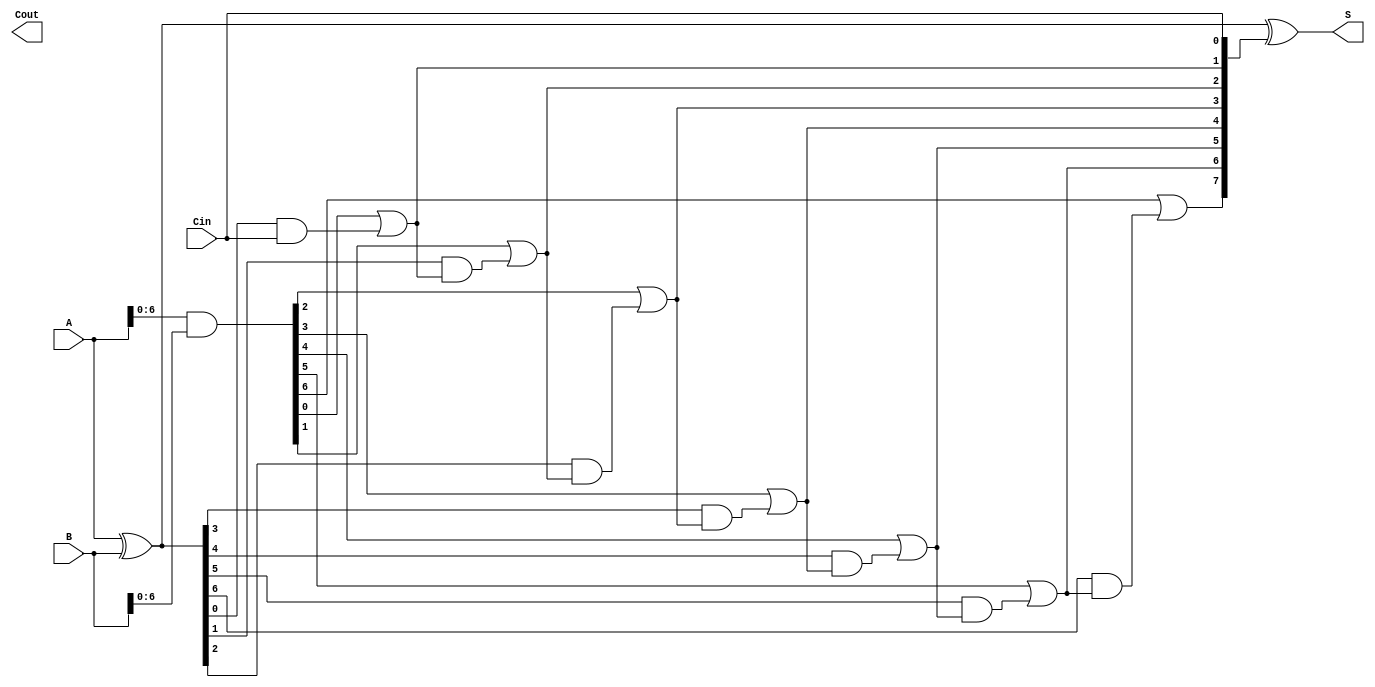
module ParallelPrefixAdder #(
    parameter N = 8 // Parameter for bit width
)(
    input  [N-1:0] A,    // First operand
    input  [N-1:0] B,    // Second operand
    input          Cin,   // Carry-in
    output [N-1:0] S,     // Sum output
    output         Cout    // Carry-out
);

    // Generate and Propagate signals
    wire [N-1:0] G; // Generate
    wire [N-1:0] P; // Propagate
    wire [N:0] C;   // Carry signals (C[0] is Cin)

    // Generate and Propagate calculations
    assign G = A & B;           // G[i] = A[i] AND B[i]
    assign P = A ^ B;           // P[i] = A[i] XOR B[i]

    // Carry signals computation
    assign C[0] = Cin;          // C[0] = Cin

    genvar i, j;
    generate
        // Kogge-Stone prefix network
        for (i = 0; i < N; i = i + 1) begin : carry_gen
            if (i > 0) begin
                assign C[i] = G[i-1] | (P[i-1] & C[i-1]); // C[i] = G[i-1] OR (P[i-1] AND C[i-1])
            end
        end
    endgenerate

    // Sum calculation
    assign S = A ^ B ^ C[N-1:0]; // S[i] = A[i] XOR B[i] XOR C[i]

    // Final carry-out
    assign Cout = C[N]; // Cout = C[N]

endmodule